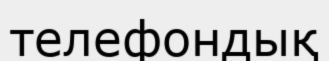
телефондық